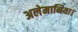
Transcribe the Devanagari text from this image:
अलेमानिया।